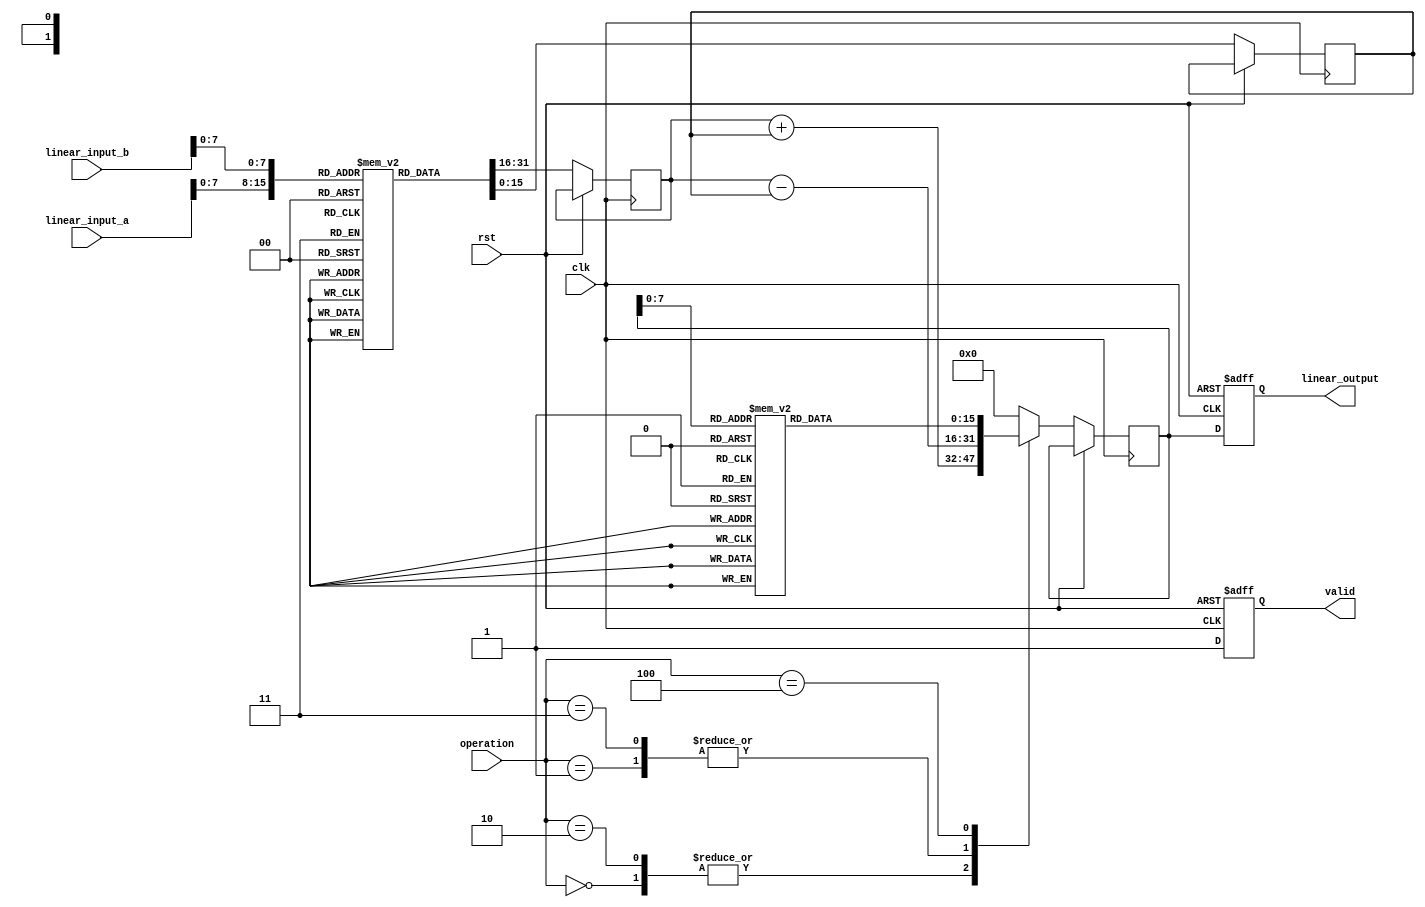
module log_dspu (
    input wire clk,
    input wire rst,
    input wire [15:0] linear_input_a,
    input wire [15:0] linear_input_b,
    input wire [2:0] operation, // 3-bits to select operation
    output reg [15:0] linear_output,
    output reg valid
);

// Operation codes
parameter LOG_ADD = 3'b000;
parameter LOG_SUB = 3'b001;
parameter LOG_MUL = 3'b010;
parameter LOG_DIV = 3'b011;
parameter LOG_TO_EXP = 3'b100;

// LUT for logarithm and exponential
reg [15:0] log_lut [0:255]; // Logarithm lookup table
reg [15:0] exp_lut [0:255]; // Exponential lookup table

// Initialize the LUTs (this should be done in a separate initialization block)
initial begin
    // Example initialization (should be filled with actual log/exp values)
    // log_lut[i] = log2(i);  // Fill with actual logarithmic values
    // exp_lut[i] = exp2(i);   // Fill with actual exponential values
end

// Internal signals
reg [15:0] log_a, log_b;
reg [15:0] result;

always @(posedge clk or posedge rst) begin
    if (rst) begin
        linear_output <= 0;
        valid <= 0;
    end else begin
        // Convert linear inputs to logarithmic domain
        log_a <= log_lut[linear_input_a[7:0]]; // Assuming input is in the range of LUT
        log_b <= log_lut[linear_input_b[7:0]];

        case (operation)
            LOG_ADD: begin
                result <= log_a + log_b; // Logarithmic addition
            end
            LOG_SUB: begin
                result <= log_a - log_b; // Logarithmic subtraction
            end
            LOG_MUL: begin
                result <= log_a + log_b; // Logarithmic multiplication
            end
            LOG_DIV: begin
                result <= log_a - log_b; // Logarithmic division
            end
            LOG_TO_EXP: begin
                result <= exp_lut[result[7:0]]; // Convert back to linear
            end
            default: begin
                result <= 0;
            end
        endcase

        // Output back to linear domain
        linear_output <= result;
        valid <= 1; // Indicate that output is valid
    end
end

endmodule